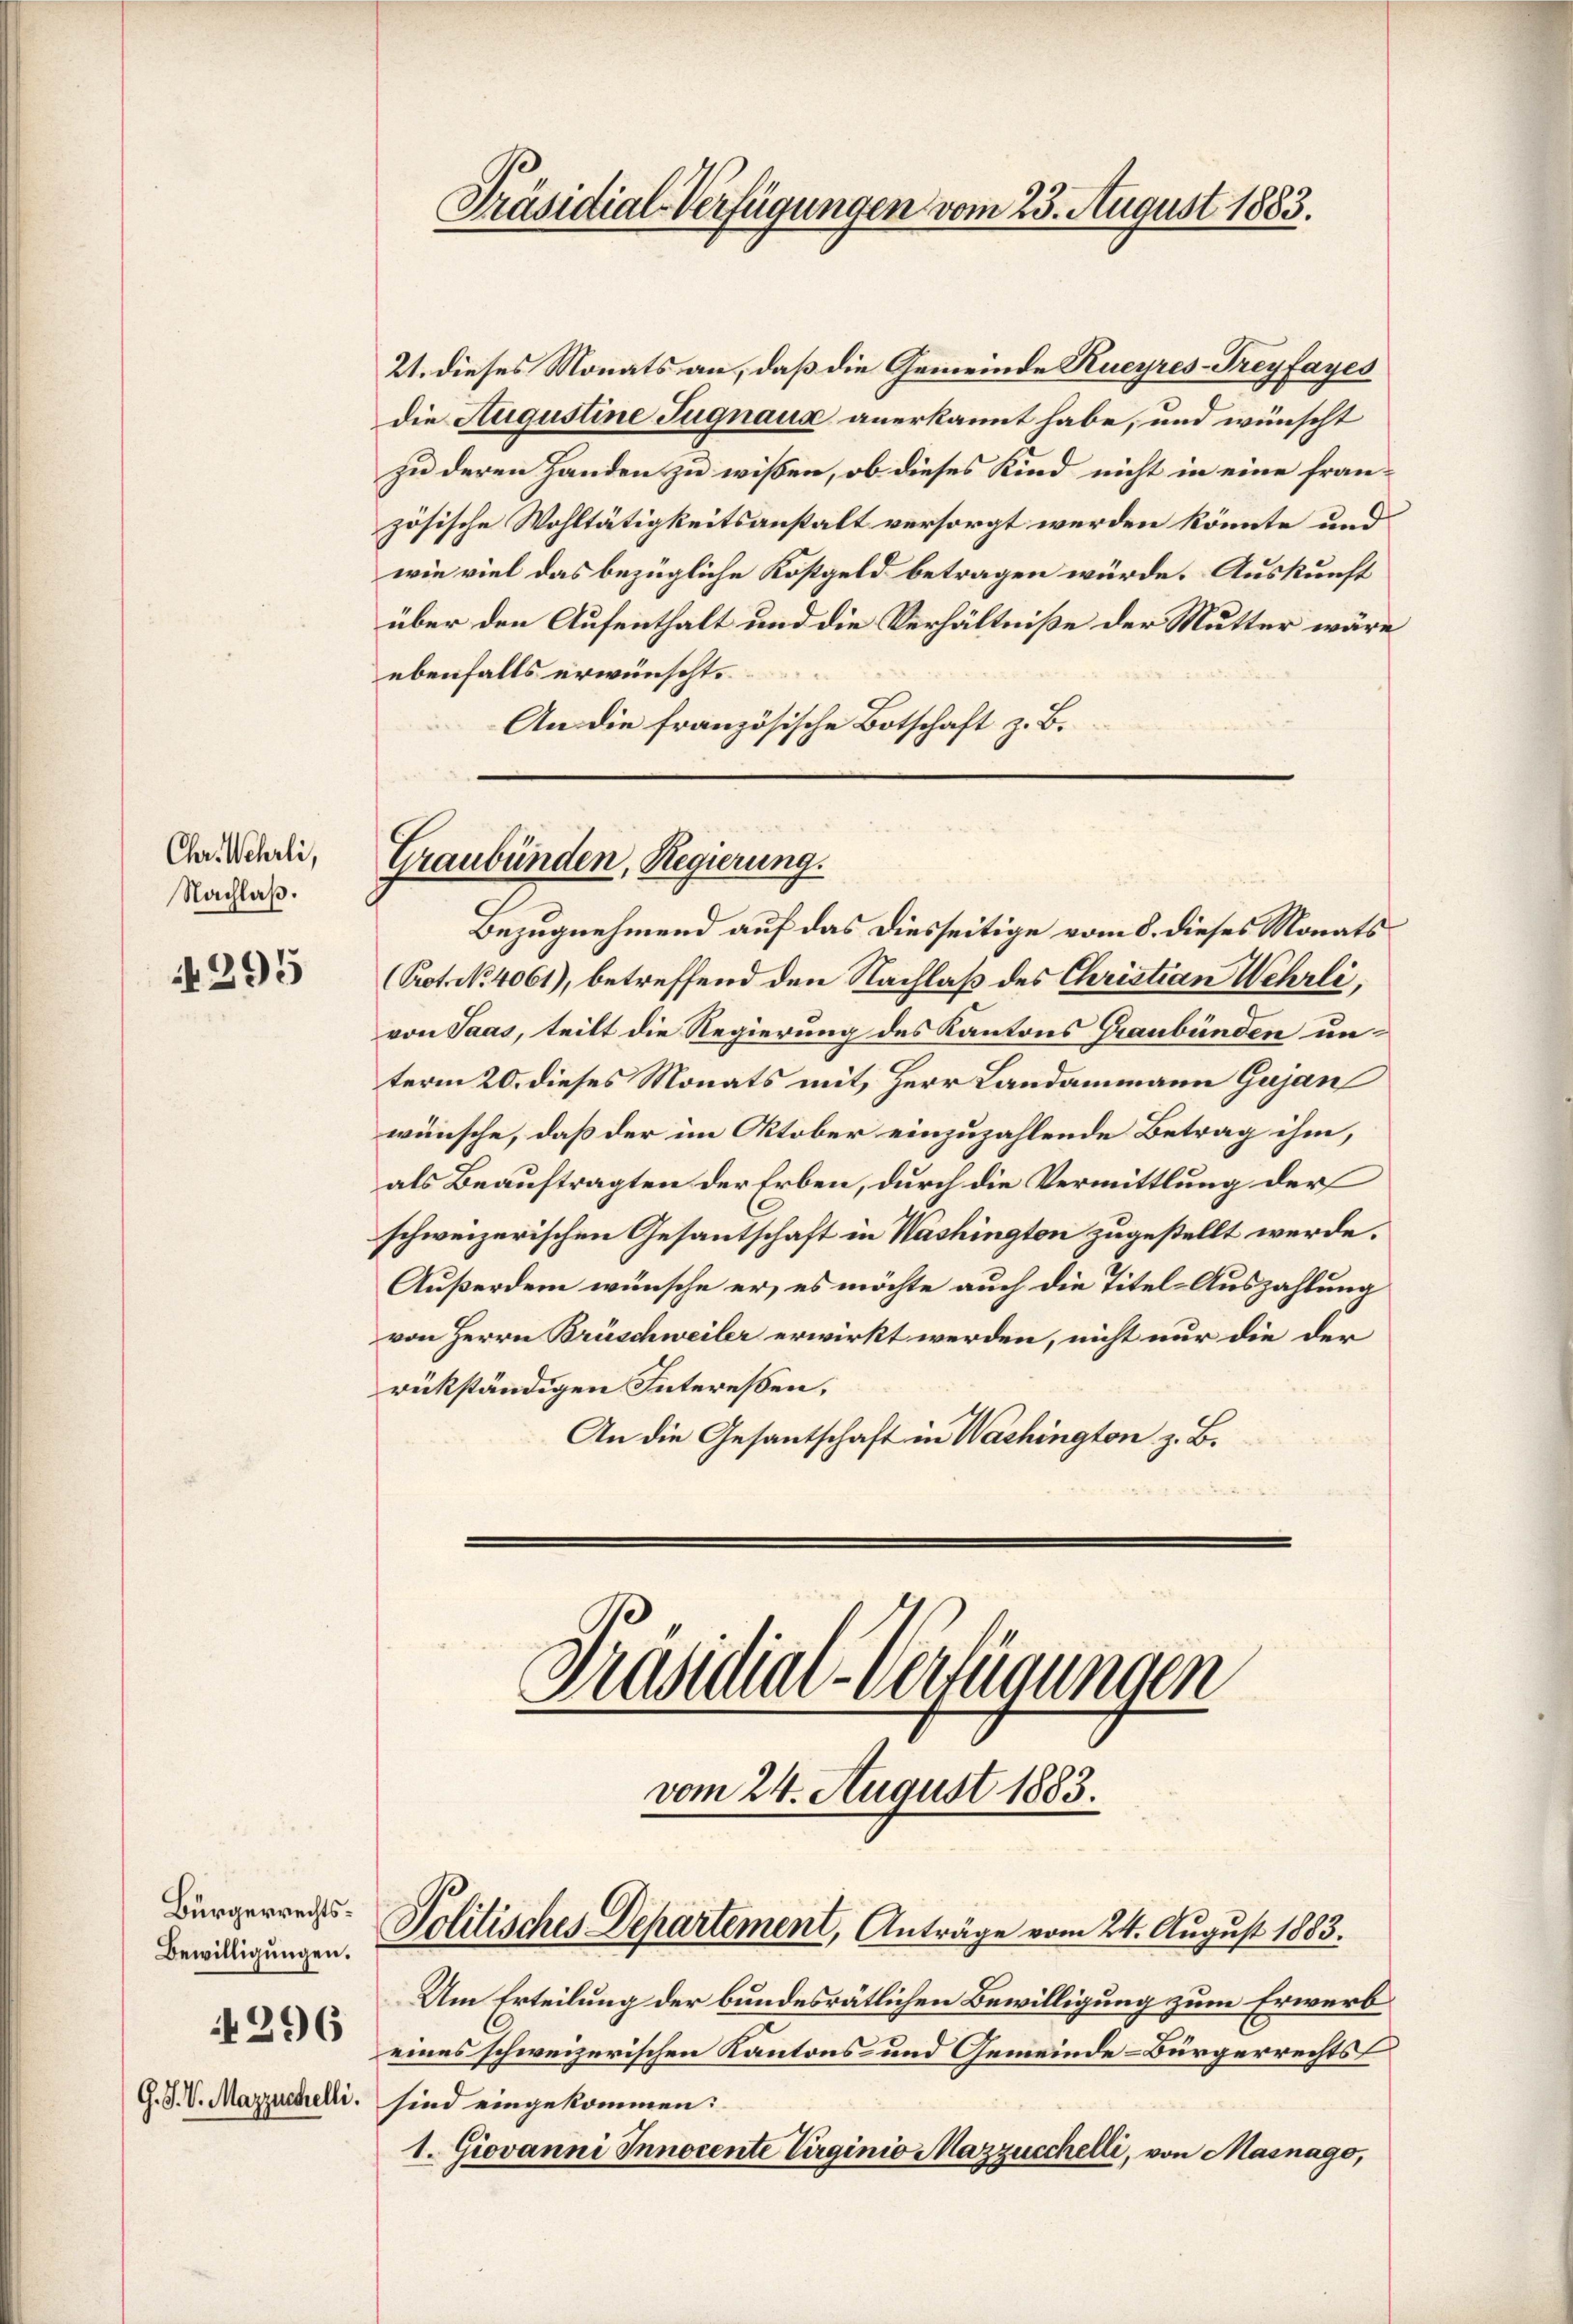
Chr. Wehrli,
Nachlaß.

295

Bürgerrechts¬
Bewilligungen.
296

21. dieses Monats an, daß die Gemeinde Rueyres-Treyfayes
die Augustine Jugnaux anerkannt habe, und wünscht
zu deren Handen zu wissen, ob dieses Kind nicht in eine französische Wohltätigkeitsanstalt versorgt werden könnte und
wie viel das bezügliche Kostgeld betragen würde. Auskunft
über den Aufenthalt und die Verhältniße der Mutter wäre
ebenfalls erwünscht.
An die französische Botschaft z. B.

Graubünden, Regierung.

Präsidial-Verfügungen vom 23. August 1883.

Präsidial-Verfügungen

vom 24. August 1883.
Politisches Departement, Anträge vom 24. August 1883.

Bezugnehmend auf das diesseitige vom 8. dieses Monats
(Prot. No. 4061), betreffend den Nachlaß des Christian Wehrli,
von Saas, teilt die Regierung des Kantons Graubünden unterm 20. dieses Monats mit Herr Landammann Gujan
wünsche, daß der im Oktober einzuzahlende Betrag ihm,
als Beauftragten der Erben, durch die Vermittlung der
schweizerischen Gesantschaft in Washingten zugestellt werde.
Außerdem wünsche er, es möchte auch die Titel-Auszahlung
von Herrn Brüschweiler erwirkt werden, nicht nur die der
rükständigen Interessen.
An die Gesantschaft in Washington z. B.

Um Erteilung der bundesrätlichen Bewilligung zum Erwerb
eines schweizerischen Kantons- und Gemeinde-Bürgerrechts
G. J. V. Marzustelli sind eingekommen:
1. Giovanni Innocente Virginio Mazzucchelli, von Masnago,